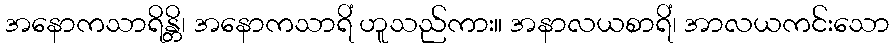
အနောကသာရိန္တိ၊ အနောကသာရိံ ဟူသည်ကား။ အနာလယစာရိံ၊ အာလယကင်းသော